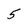
Character: 5